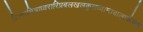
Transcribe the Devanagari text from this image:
विश्वामित्राध्वरारिप्रबलखलकुलध्वान्तबालार्करूप